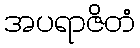
အပရာဇိတံ